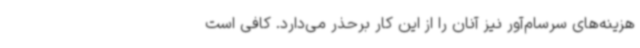
هزینه‌های سرسام‌آور نیز آنان را از این کار برحذر می‌دارد. کافی است